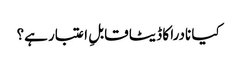
کیا نادرا کا ڈیٹا قابلِ اعتبار ہے؟